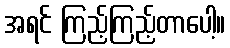
အရင် ကြည့်ကြည့်တာပေါ့။